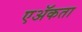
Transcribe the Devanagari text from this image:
एॲकता